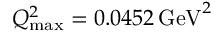
Q _ { \mathrm { m a x } } ^ { 2 } = 0 . 0 4 5 2 \, \mathrm { G e V } ^ { 2 }